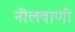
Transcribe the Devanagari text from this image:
नीलवाणी